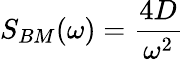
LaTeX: S_{BM}(\omega)={\frac{4D}{\omega^{2}}}